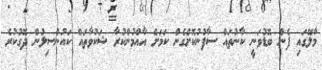
މާލޭގައި ފެން ބޮޑުވަނީ ކާނުތައް ސާފުނުކޮށްގެން ކަމަށް އާއްމުންކުރާ ޝަކުވާތައް ކައުންސިލުން ދޮގުކުރެ